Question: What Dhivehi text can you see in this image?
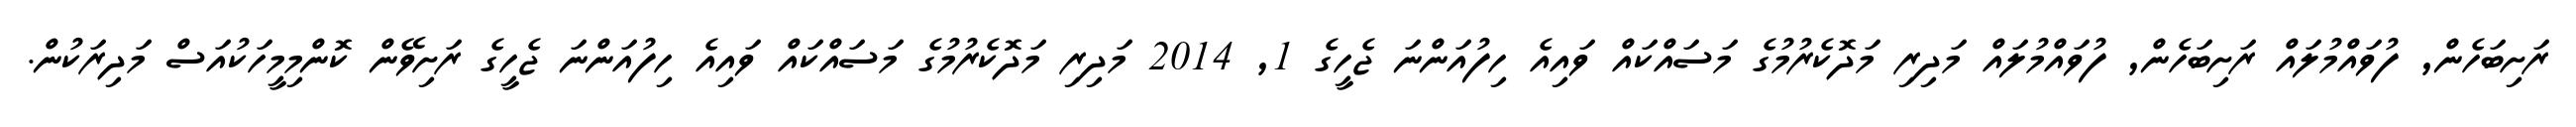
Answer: ރަށިބަހެން, ފުވައްމުލައް ރަށިބަހެން, ފުވައްމުލައް މަދިރި މަދޮކެރުމުގެ މަސައްކައް ވައިއެ ހިފުއަންނަ ޖެހީގެ 1, 2014 މަދިރި މަދޮކެރުމުގެ މަސައްކައް ވައިއެ ހިފުއަންނަ ޖެހީގެ ރަށިވޭން ކޮންމިމީހަކުއަސް މަދިރަކުން.